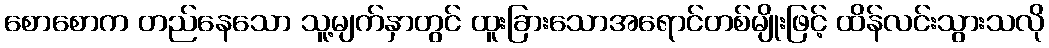
စောစောက တည်နေသော သူ့မျက်နှာတွင် ထူးခြားသောအရောင်တစ်မျိုးဖြင့် ထိန်လင်းသွားသလို